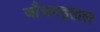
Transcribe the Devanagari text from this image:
जाँचपड़ताल